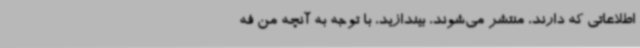
اطلاعاتی که دارند، منتشر می‌شوند، بیندازید، با توجه به آنچه من فه